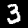
Digit: 3